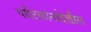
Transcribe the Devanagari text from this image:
पर्यटकांनादेखील